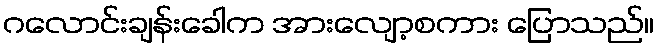
ဂလောင်းချန်းခေါက အားလျော့စကား ပြောသည်။